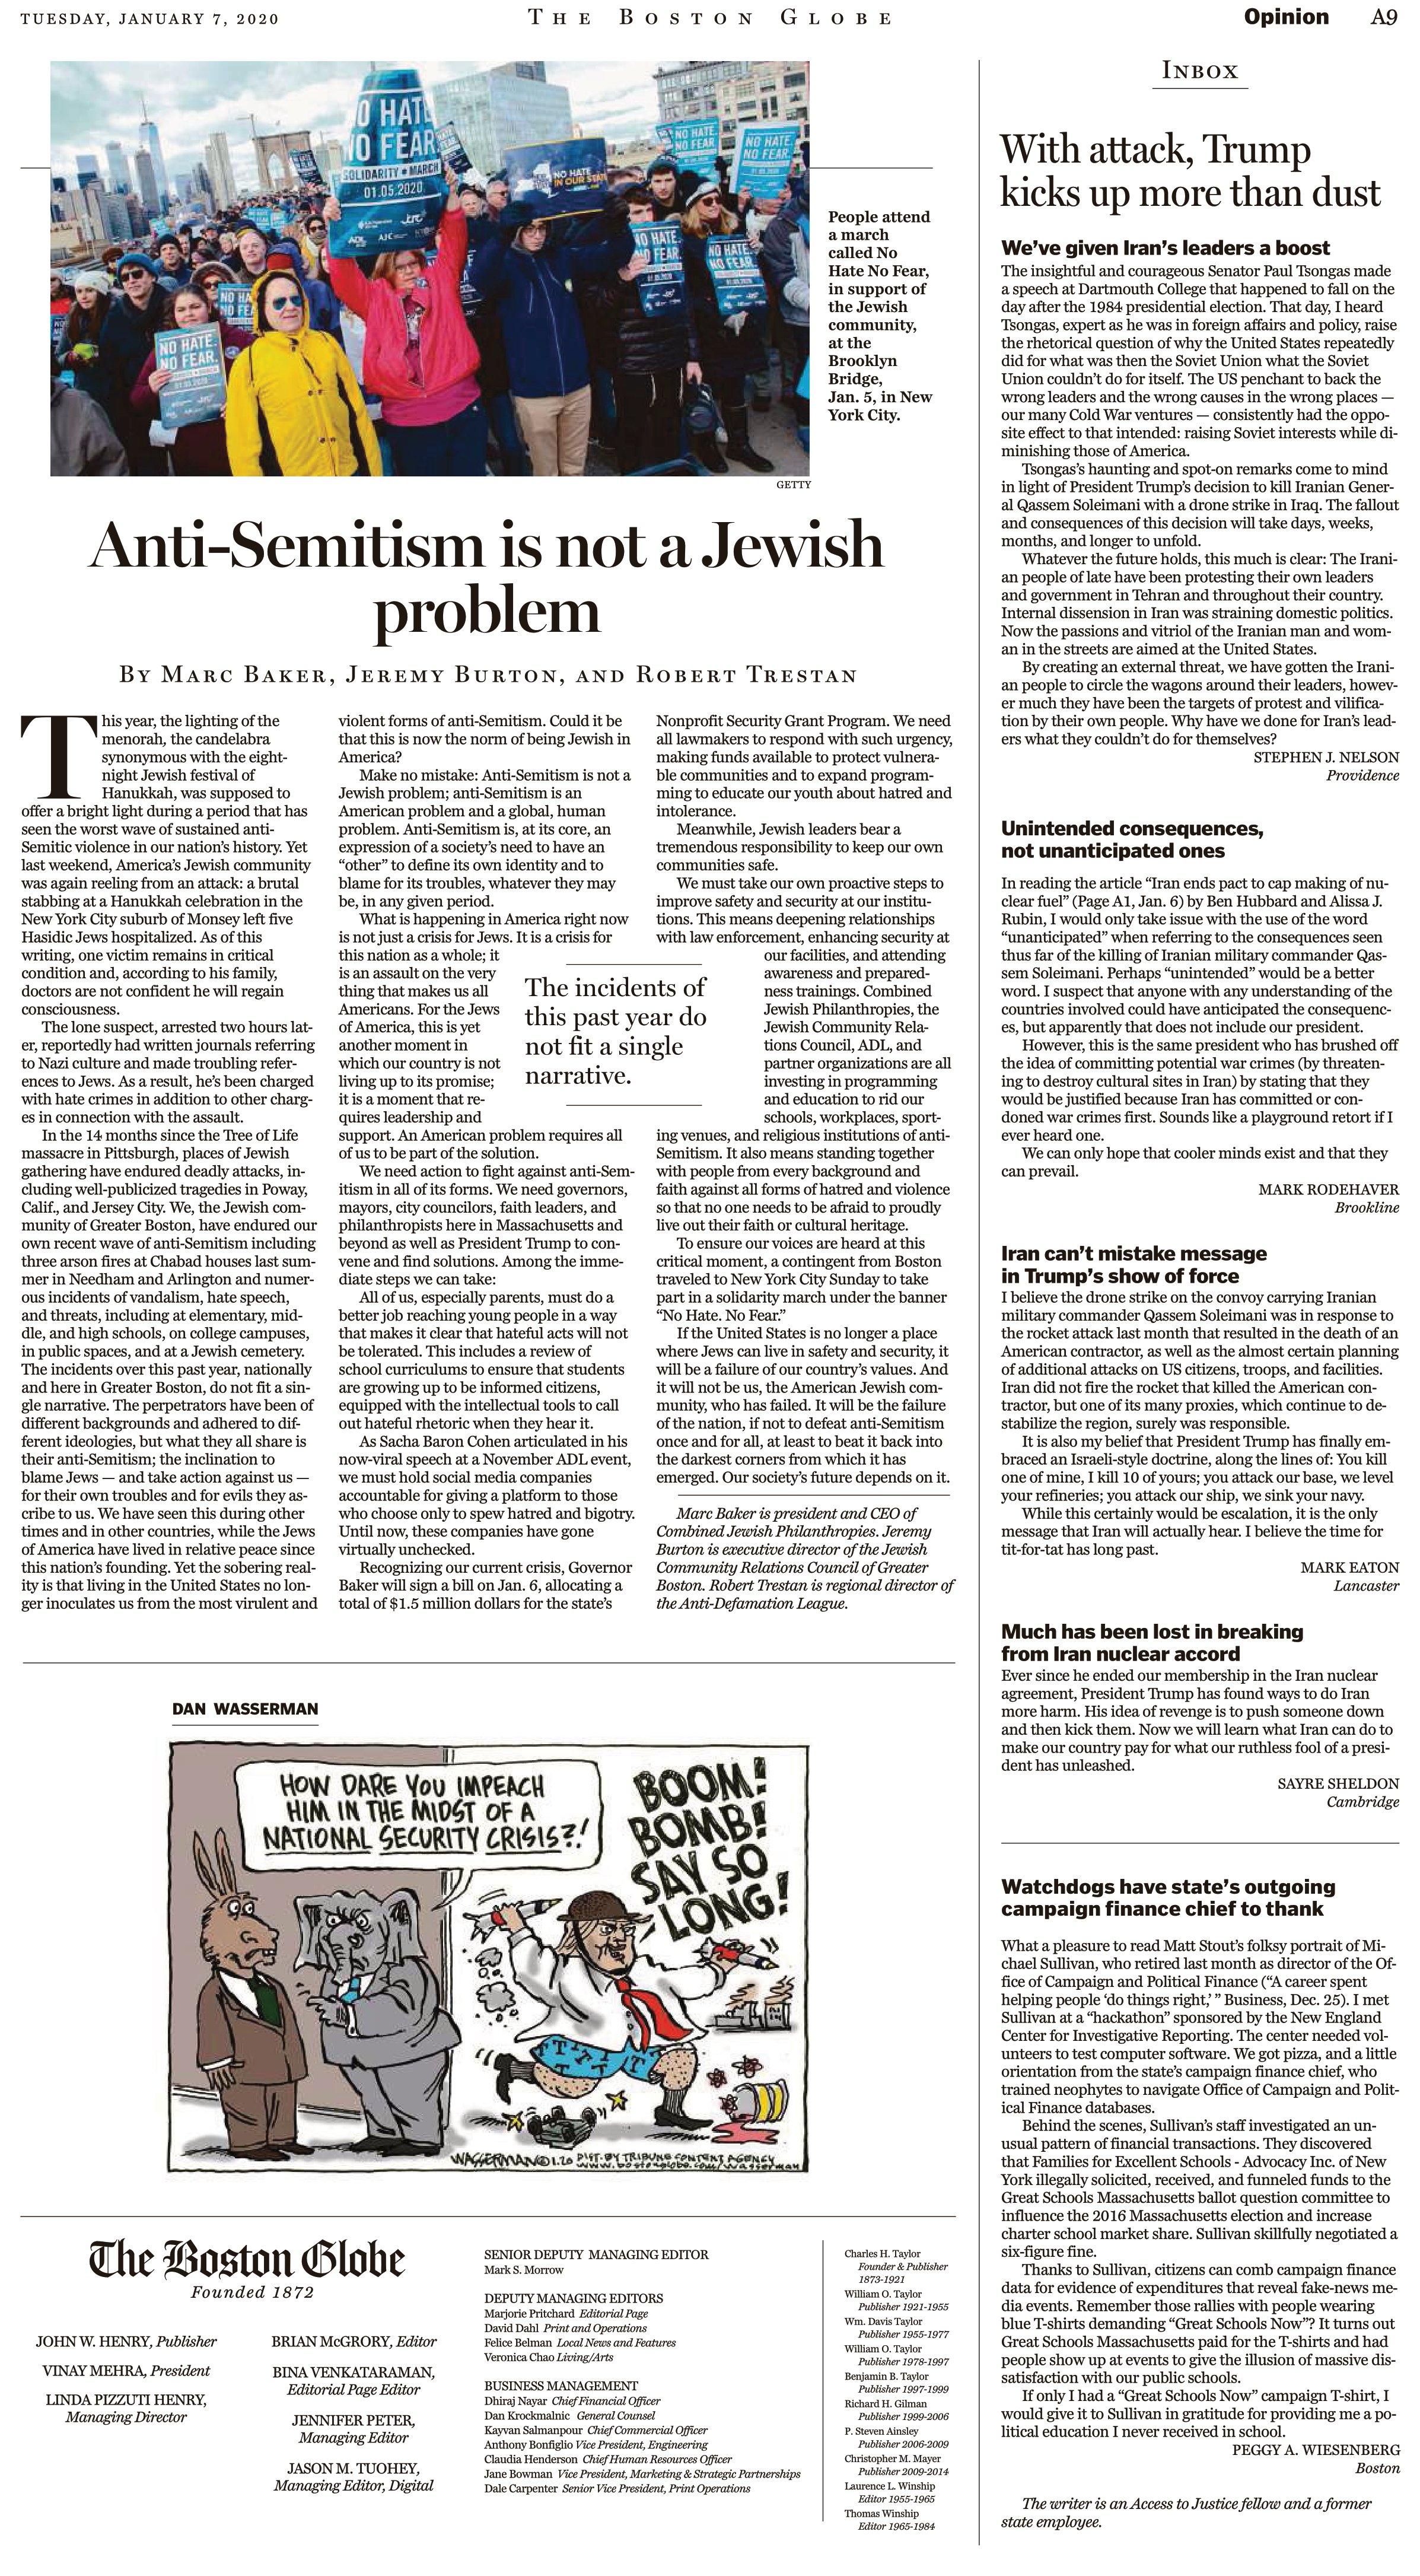
Language: en